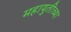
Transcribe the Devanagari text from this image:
महायुतीच्या